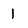
Character: 1